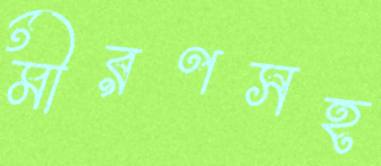
মীরণসহ